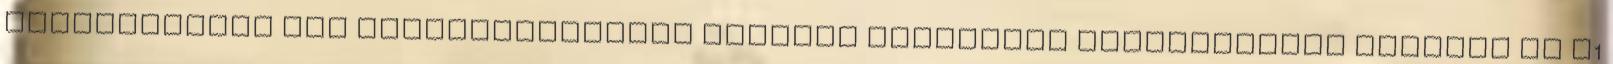
Minisztérium NGM munkaerőpiacért felelős helyettes államtitkára szerdán az M1